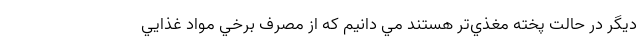
ديگر در حالت پخته مغذي‌تر هستند مي دانيم كه از مصرف برخي مواد غذايي